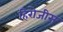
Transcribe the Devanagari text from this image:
हिरोजीस